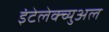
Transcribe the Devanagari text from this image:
इंटेलेक्च्युअल